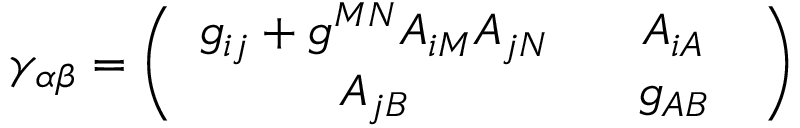
{ \cal \gamma } _ { \alpha \beta } = \left( \begin{array} { c c } { { g _ { i j } + g ^ { M N } A _ { i M } A _ { j N } } } & { { \; \; \; A _ { i A } \; \; } } \\ { { A _ { j B } } } & { { \; \; \; g _ { A B } \; \; } } \end{array} \right)